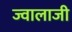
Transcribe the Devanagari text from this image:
ज्‍वालाजी